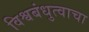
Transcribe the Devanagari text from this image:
विश्वबंधुत्वाचा